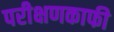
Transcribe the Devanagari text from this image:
परीक्षणकाफी